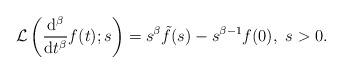
LaTeX: \begin{align*}\mathcal{L}\left(\frac{\mathrm{d}^{\beta}}{\mathrm{d}t^{\beta}}f(t);s\right)=s^{\beta}\tilde{f}(s)-s^{\beta-1}f(0),\ s>0.\end{align*}